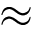
\approx